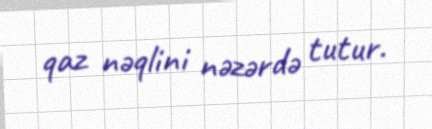
qaz nəqlini nəzərdə tutur.